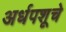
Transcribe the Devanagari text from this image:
अर्धपशूचे